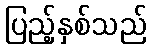
ပြည့်နှစ်သည်